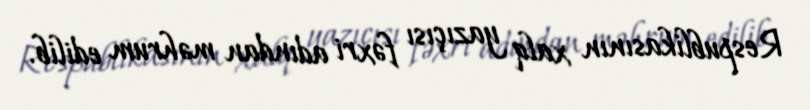
Respublikasının xalq yazıçısı fəxri adından məhrum edilib.